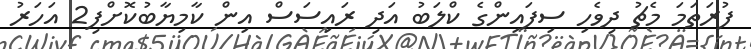
ފުރަތަމަ މެޗު ދިވެހި ސިފައިންގެ ކްލަބު އަދި ރައިސަސް އިން ކާމިޔާބުކޮށްފި2 އަހަރު